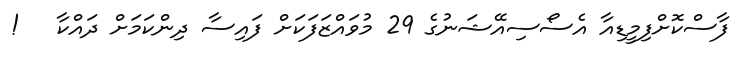
ފާސްކޮށްފިމީޑިއާ އެސޯސިއޭޝަނުގެ 29 މުވައްޒަފަކަށް ފައިސާ ދިންކަމަށް ދައްކާ   !